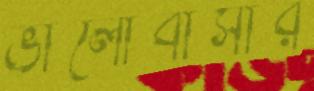
ভালোবাসার